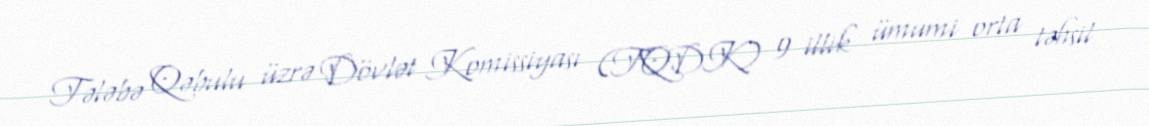
Tələbə Qəbulu üzrə Dövlət Komissiyası (TQDK) 9 illik ümumi orta təhsil